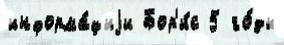
информа́циjи Бор'и́с 5 го́ды